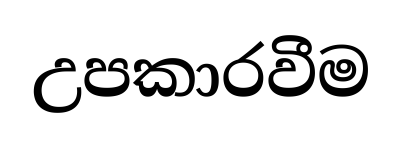
උපකාරවීම